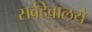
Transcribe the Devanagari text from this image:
सर्वदेवालये